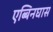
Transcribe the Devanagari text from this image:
एब्बिनघास